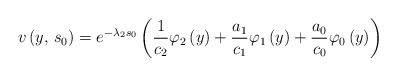
LaTeX: \begin{align*}v\left(y,\,s_{0}\right)=e^{-\lambda_{2}s_{0}}\left(\frac{1}{c_{2}}\varphi_{2}\left(y\right)+\frac{a_{1}}{c_{1}}\varphi_{1}\left(y\right)+\frac{a_{0}}{c_{0}}\varphi_{0}\left(y\right)\right)\end{align*}